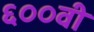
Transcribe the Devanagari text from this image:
६००वी